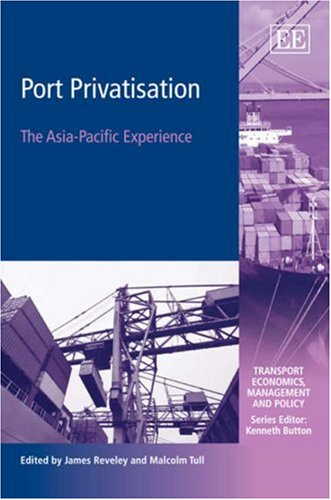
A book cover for Port Privatisation: The Asia-Pacific Experience (Transport Economics, Management, and Policy); James Reveley; Business & Money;